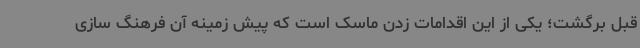
قبل برگشت؛ یکی از این اقدامات زدن ماسک است که پیش زمینه آن فرهنگ سازی